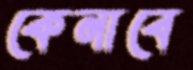
কেনাবে